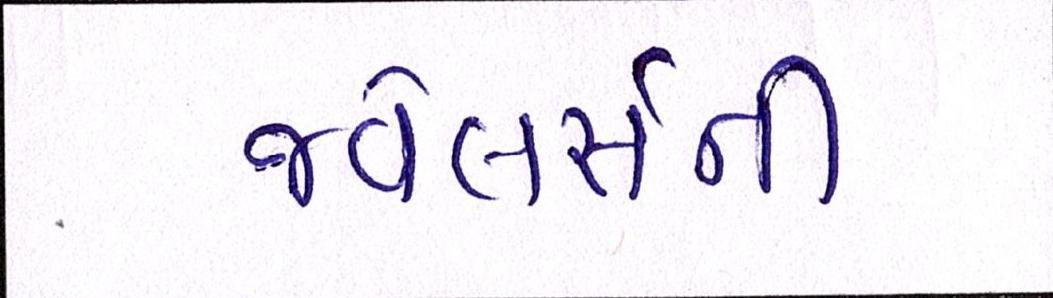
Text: જ્વેલર્સની